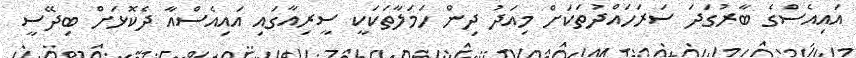
އައިއެސްގެ ބާރުގަދަ ސަރަހައްދުތަކަށް މިއަދު ދިން ހަމަލާތަކަކީ ސީރިއާގައި އައިއެސްއާ ދެކޮޅަށް ބިދޭސީ